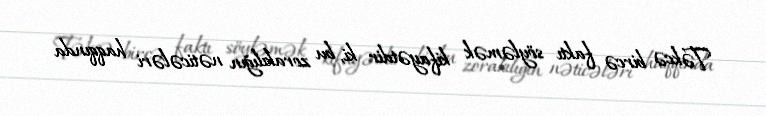
Təkcə bircə faktı söyləmək kifayətdir ki, bu zorakılığın nəticələri haqqında